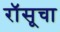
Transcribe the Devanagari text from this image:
रॉसूचा